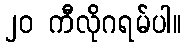
၂၀ ကီလိုဂရမ်ပါ။